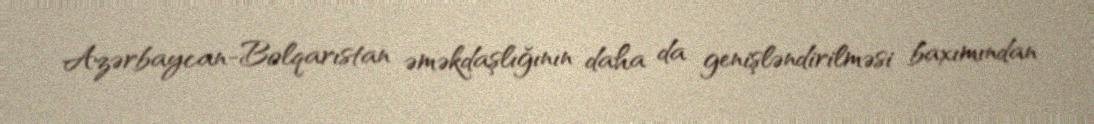
Azərbaycan-Bolqarıstan əməkdaşlığının daha da genişləndirilməsi baxımından